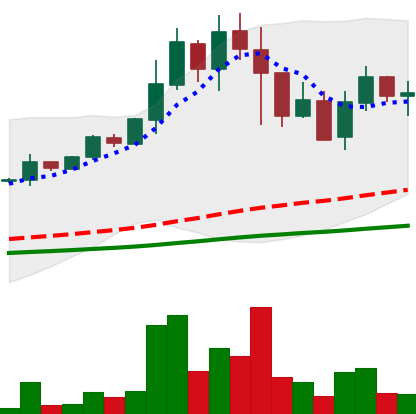
Ticker: DOGE-USD
Chart end date: 2021-05-16
Forward return: -30.203%
Label: down_7plus